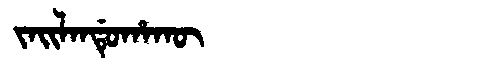
Manchu: ᠵᠠᡳᠯᠠᠨᡩᡠᡥᠠᡴᡡ
Romanization: JAILANDUHAKŪ